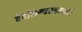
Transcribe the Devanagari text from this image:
देवकिन्नरगन्धर्वाः